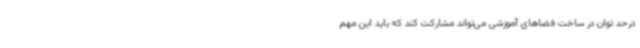
درحد توان در ساخت فضاهای آموزشی می‌تواند مشارکت کند که باید این مهم